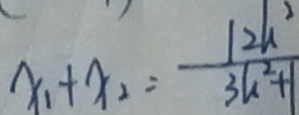
x _ { 1 } + x _ { 2 } = \frac { 1 2 k ^ { 2 } } { 3 k ^ { 2 } + 1 }